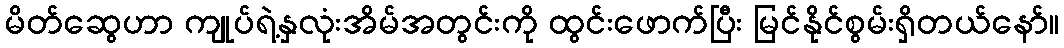
မိတ်ဆွေဟာ ကျုပ်ရဲ့နှလုံးအိမ်အတွင်းကို ထွင်းဖောက်ပြီး မြင်နိုင်စွမ်းရှိတယ်နော်။